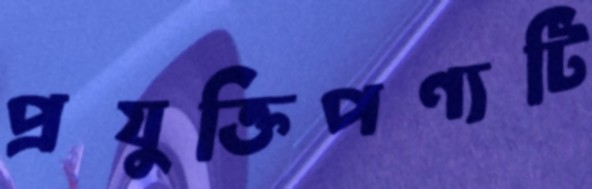
প্রযুক্তিপণ্যটি